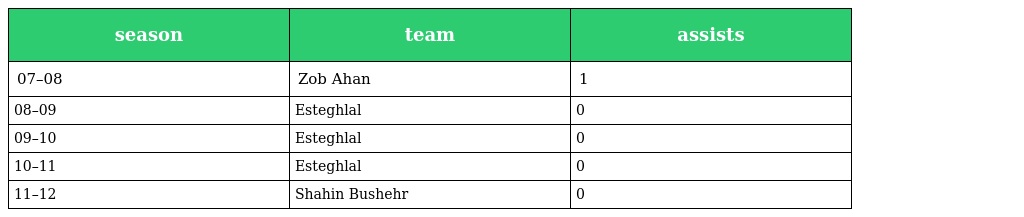
| season | team | assists |
 | --- | --- | --- |
 | 07–08 | Zob Ahan | 1 |
 | 08–09 | Esteghlal | 0 |
 | 09–10 | Esteghlal | 0 |
 | 10–11 | Esteghlal | 0 |
 | 11–12 | Shahin Bushehr | 0 |